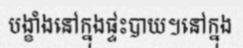
បង្ខាំងនៅក្នុងផ្ទះបាយ។នៅក្នុង